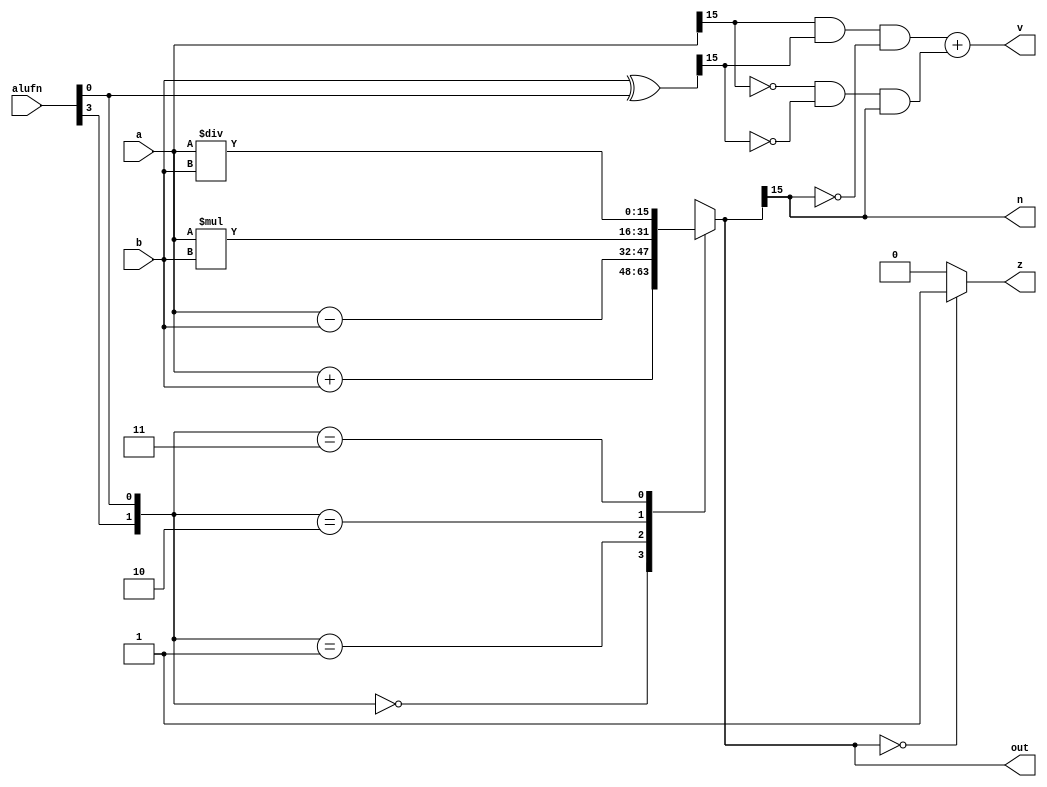
/*
   This file was generated automatically by Alchitry Labs version 1.2.1.
   Do not edit this file directly. Instead edit the original Lucid source.
   This is a temporary file and any changes made to it will be destroyed.
*/

module adder16bit_14 (
    input [3:0] alufn,
    input [15:0] a,
    input [15:0] b,
    output reg [15:0] out,
    output reg z,
    output reg v,
    output reg n
  );
  
  
  
  reg [15:0] sum;
  
  reg [15:0] xb;
  
  reg [1:0] code;
  
  always @* begin
    code[0+0-:1] = alufn[0+0-:1];
    code[1+0-:1] = alufn[3+0-:1];
    
    case (code)
      2'h0: begin
        sum = $signed(a) + $signed(b);
      end
      2'h1: begin
        sum = $signed(a) - $signed(b);
      end
      2'h2: begin
        sum = $signed(a) * $signed(b);
      end
      2'h3: begin
        sum = $signed(a) / $signed(b);
      end
      default: begin
        sum = 1'h0;
      end
    endcase
    if (sum == 1'h0) begin
      z = 1'h1;
    end else begin
      z = 1'h0;
    end
    n = sum[15+0-:1];
    out = sum;
    xb = b ^ alufn[0+0-:1];
    v = (a[15+0-:1] & xb[15+0-:1] & ~sum[15+0-:1]) + (~a[15+0-:1] & ~xb[15+0-:1] & sum[15+0-:1]);
  end
endmodule